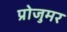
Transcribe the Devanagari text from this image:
प्रोजुमर